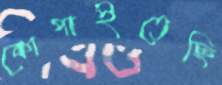
কোপাইতেছি